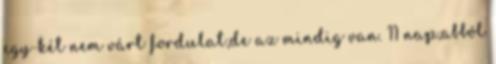
egy-két nem várt fordulat,de az mindig van. 11 nap,abból